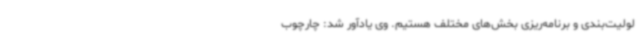
لولیت‌بندی و برنامه‌ریزی بخش‌های مختلف هستیم. وی یادآور شد: چارچوب